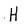
Character: H